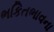
ભકિતભાવના